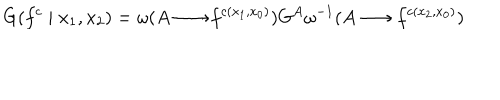
LaTeX: G ( f ^ { c } \mid x _ { 1 } , x _ { 2 } ) = \omega ( A \longrightarrow f ^ { c ( x _ { 1 } , x _ { 0 } ) } ) G ^ { A } \omega ^ { - 1 } ( A \longrightarrow f ^ { c ( x _ { 2 } , x _ { 0 } ) } )